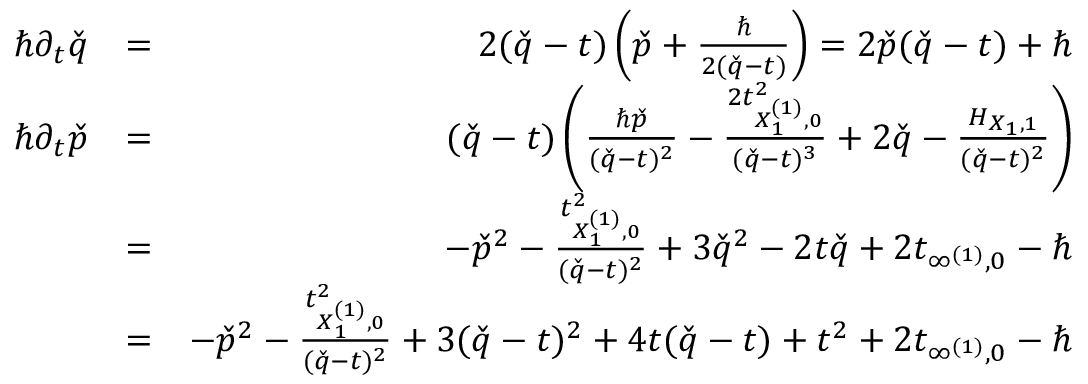
\begin{array} { r l r } { \hbar \partial _ { t } \check { q } } & { = } & { 2 ( \check { q } - t ) \left( \check { p } + \frac { \hbar } { 2 ( \check { q } - t ) } \right) = 2 \check { p } ( \check { q } - t ) + \hbar } \\ { \hbar \partial _ { t } \check { p } } & { = } & { ( \check { q } - t ) \left( \frac { \hbar \check { p } } { ( \check { q } - t ) ^ { 2 } } - \frac { 2 t _ { X _ { 1 } ^ { ( 1 ) } , 0 } ^ { 2 } } { ( \check { q } - t ) ^ { 3 } } + 2 \check { q } - \frac { H _ { X _ { 1 } , 1 } } { ( \check { q } - t ) ^ { 2 } } \right) } \\ & { = } & { - \check { p } ^ { 2 } - \frac { t _ { X _ { 1 } ^ { ( 1 ) } , 0 } ^ { 2 } } { ( \check { q } - t ) ^ { 2 } } + 3 \check { q } ^ { 2 } - 2 t \check { q } + 2 t _ { \infty ^ { ( 1 ) } , 0 } - \hbar } \\ & { = } & { - \check { p } ^ { 2 } - \frac { t _ { X _ { 1 } ^ { ( 1 ) } , 0 } ^ { 2 } } { ( \check { q } - t ) ^ { 2 } } + 3 ( \check { q } - t ) ^ { 2 } + 4 t ( \check { q } - t ) + t ^ { 2 } + 2 t _ { \infty ^ { ( 1 ) } , 0 } - \hbar } \end{array}